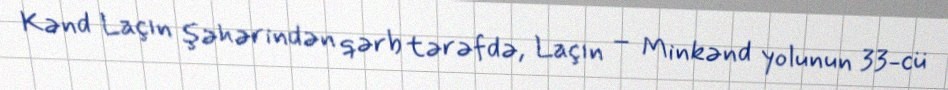
Kənd Laçın şəhərindən qərb tərəfdə, Laçın – Minkənd yolunun 33-cü